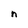
Character: n